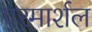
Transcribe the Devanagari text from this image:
एरमार्शल